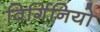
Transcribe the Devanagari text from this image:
विर्गिनियो